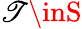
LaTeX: \mathscr{T}\inS